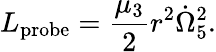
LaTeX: L_{\mathrm{probe}}={\frac{\mu_{3}}{2}}r^{2}\dot{\Omega}_{5}^{2}.